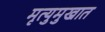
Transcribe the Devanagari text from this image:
मृत्युमुखात